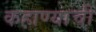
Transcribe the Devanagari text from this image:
कहाण्याची